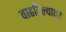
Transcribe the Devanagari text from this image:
वाढविल्यावर